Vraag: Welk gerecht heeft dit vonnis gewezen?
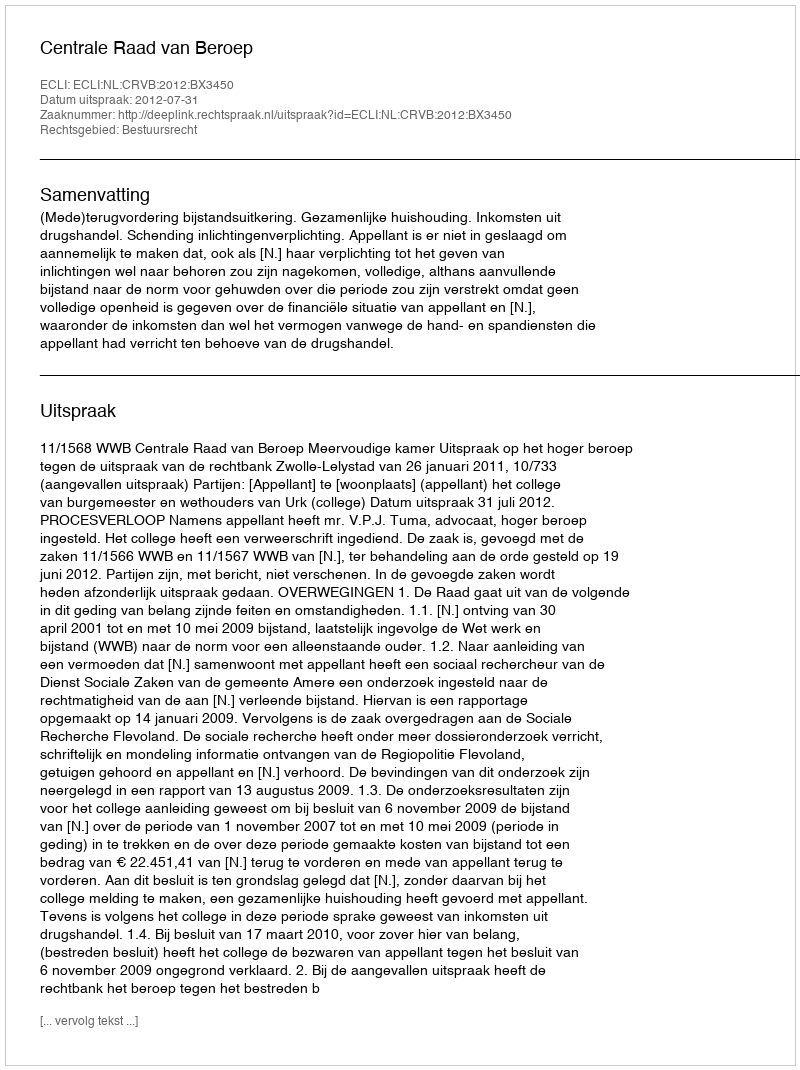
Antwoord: Centrale Raad van Beroep